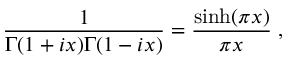
{ \frac { 1 } { \Gamma ( 1 + i x ) \Gamma ( 1 - i x ) } } = { \frac { \sinh ( \pi x ) } { \pi x } } \; ,